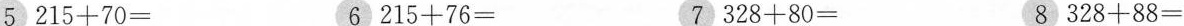
5 $$ 215 + 70 = $$ 6 $$ 215 + 76 = $$ 7 $$ 328 + 80 = $$ 8 $$ 328 + 88 = $$